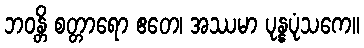
ဘဝန္တိ စတ္တာရော ဧတေ၊ အဿမာ ပုန္နပုံသကေ။